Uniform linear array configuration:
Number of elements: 12
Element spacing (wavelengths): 0.25
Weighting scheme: kaiser
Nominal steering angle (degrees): -45
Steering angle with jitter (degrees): -45.378
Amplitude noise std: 0.05
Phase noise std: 0.05

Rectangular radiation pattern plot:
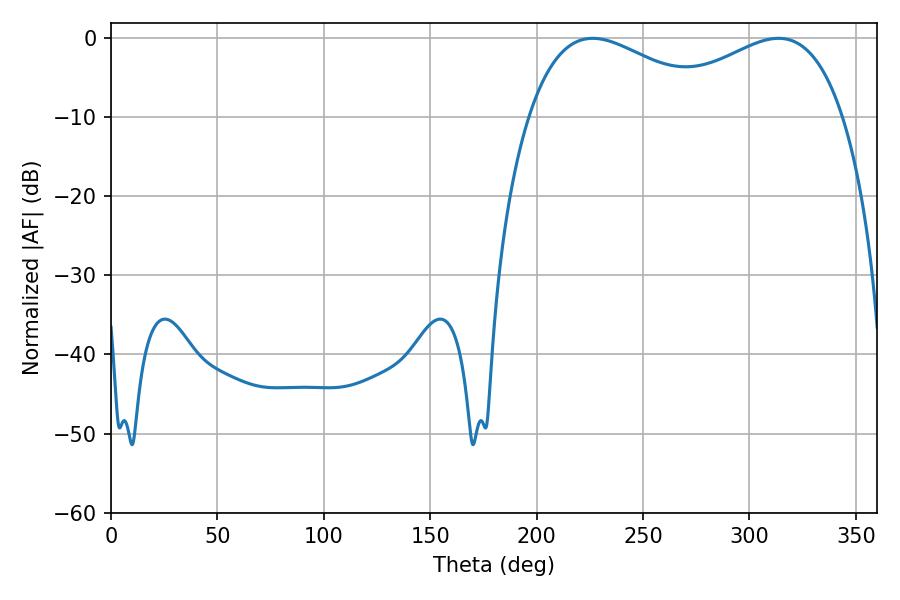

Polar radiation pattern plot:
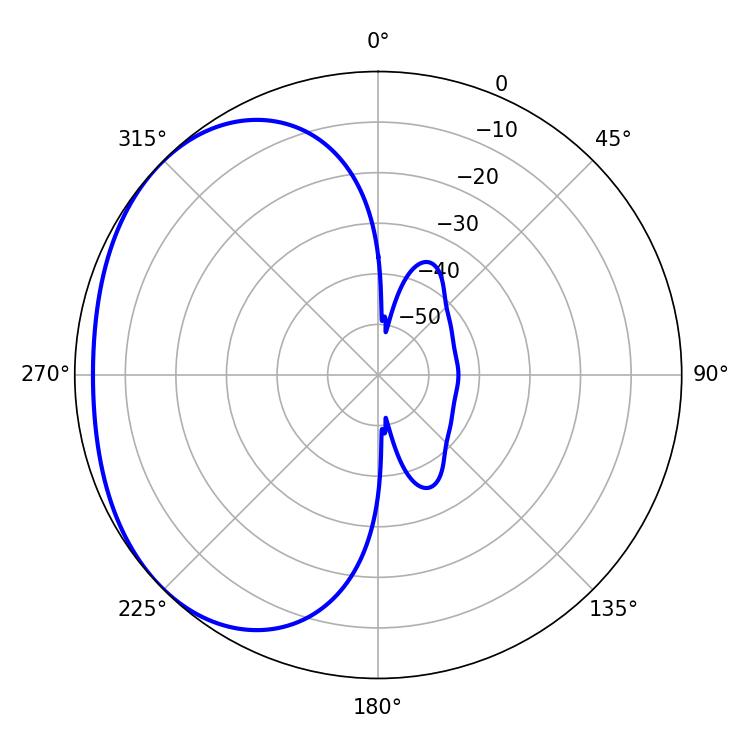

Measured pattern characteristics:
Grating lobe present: FALSE
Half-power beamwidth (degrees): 49.32
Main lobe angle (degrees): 313.74